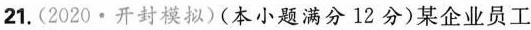
21.(2020·开封模拟)(本小题满分12分)某企业员工